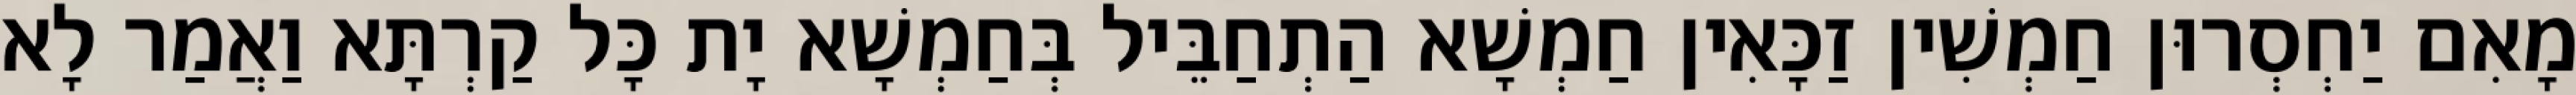
מָאִם יַחְסְרוּן חַמְשִׁין זַכָּאִין חַמְשָׁא הַתְחַבֵּיל בְּחַמְשָׁא יָת כָּל קַרְתָּא וַאֲמַר לָא